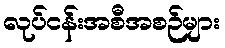
လုပ်ငန်းအစီအစဉ်များ